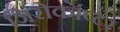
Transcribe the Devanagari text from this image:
जिरोकॉप्टर